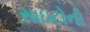
સાઇટોનો